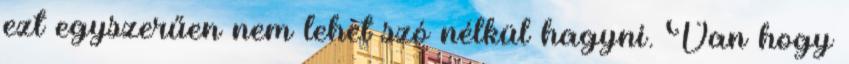
ezt egyszerűen nem lehet szó nélkül hagyni. Van hogy